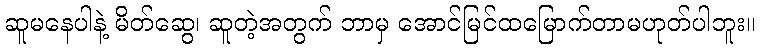
ဆူမနေပါနဲ့ မိတ်ဆွေ၊ ဆူတဲ့အတွက် ဘာမှ အောင်မြင်ထမြောက်တာမဟုတ်ပါဘူး။